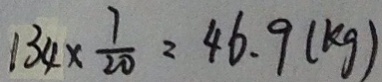
1 3 4 \times \frac { 7 } { 2 0 } = 4 6 . 9 ( k g )